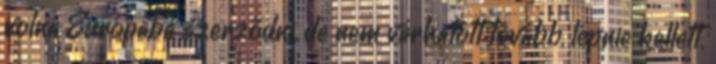
volna Európába szerződni, de nem várhatott tovább, lépnie kellett.